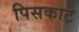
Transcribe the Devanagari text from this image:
पिसकाटे